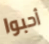
أحبوا